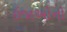
ઇજાઓનો